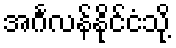
အင်္ဂလန်နိုင်ငံသို့